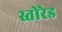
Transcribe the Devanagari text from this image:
स्तोरेड